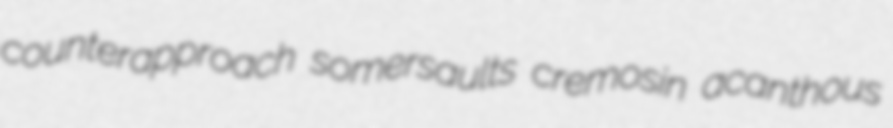
counterapproach somersaults cremosin acanthous